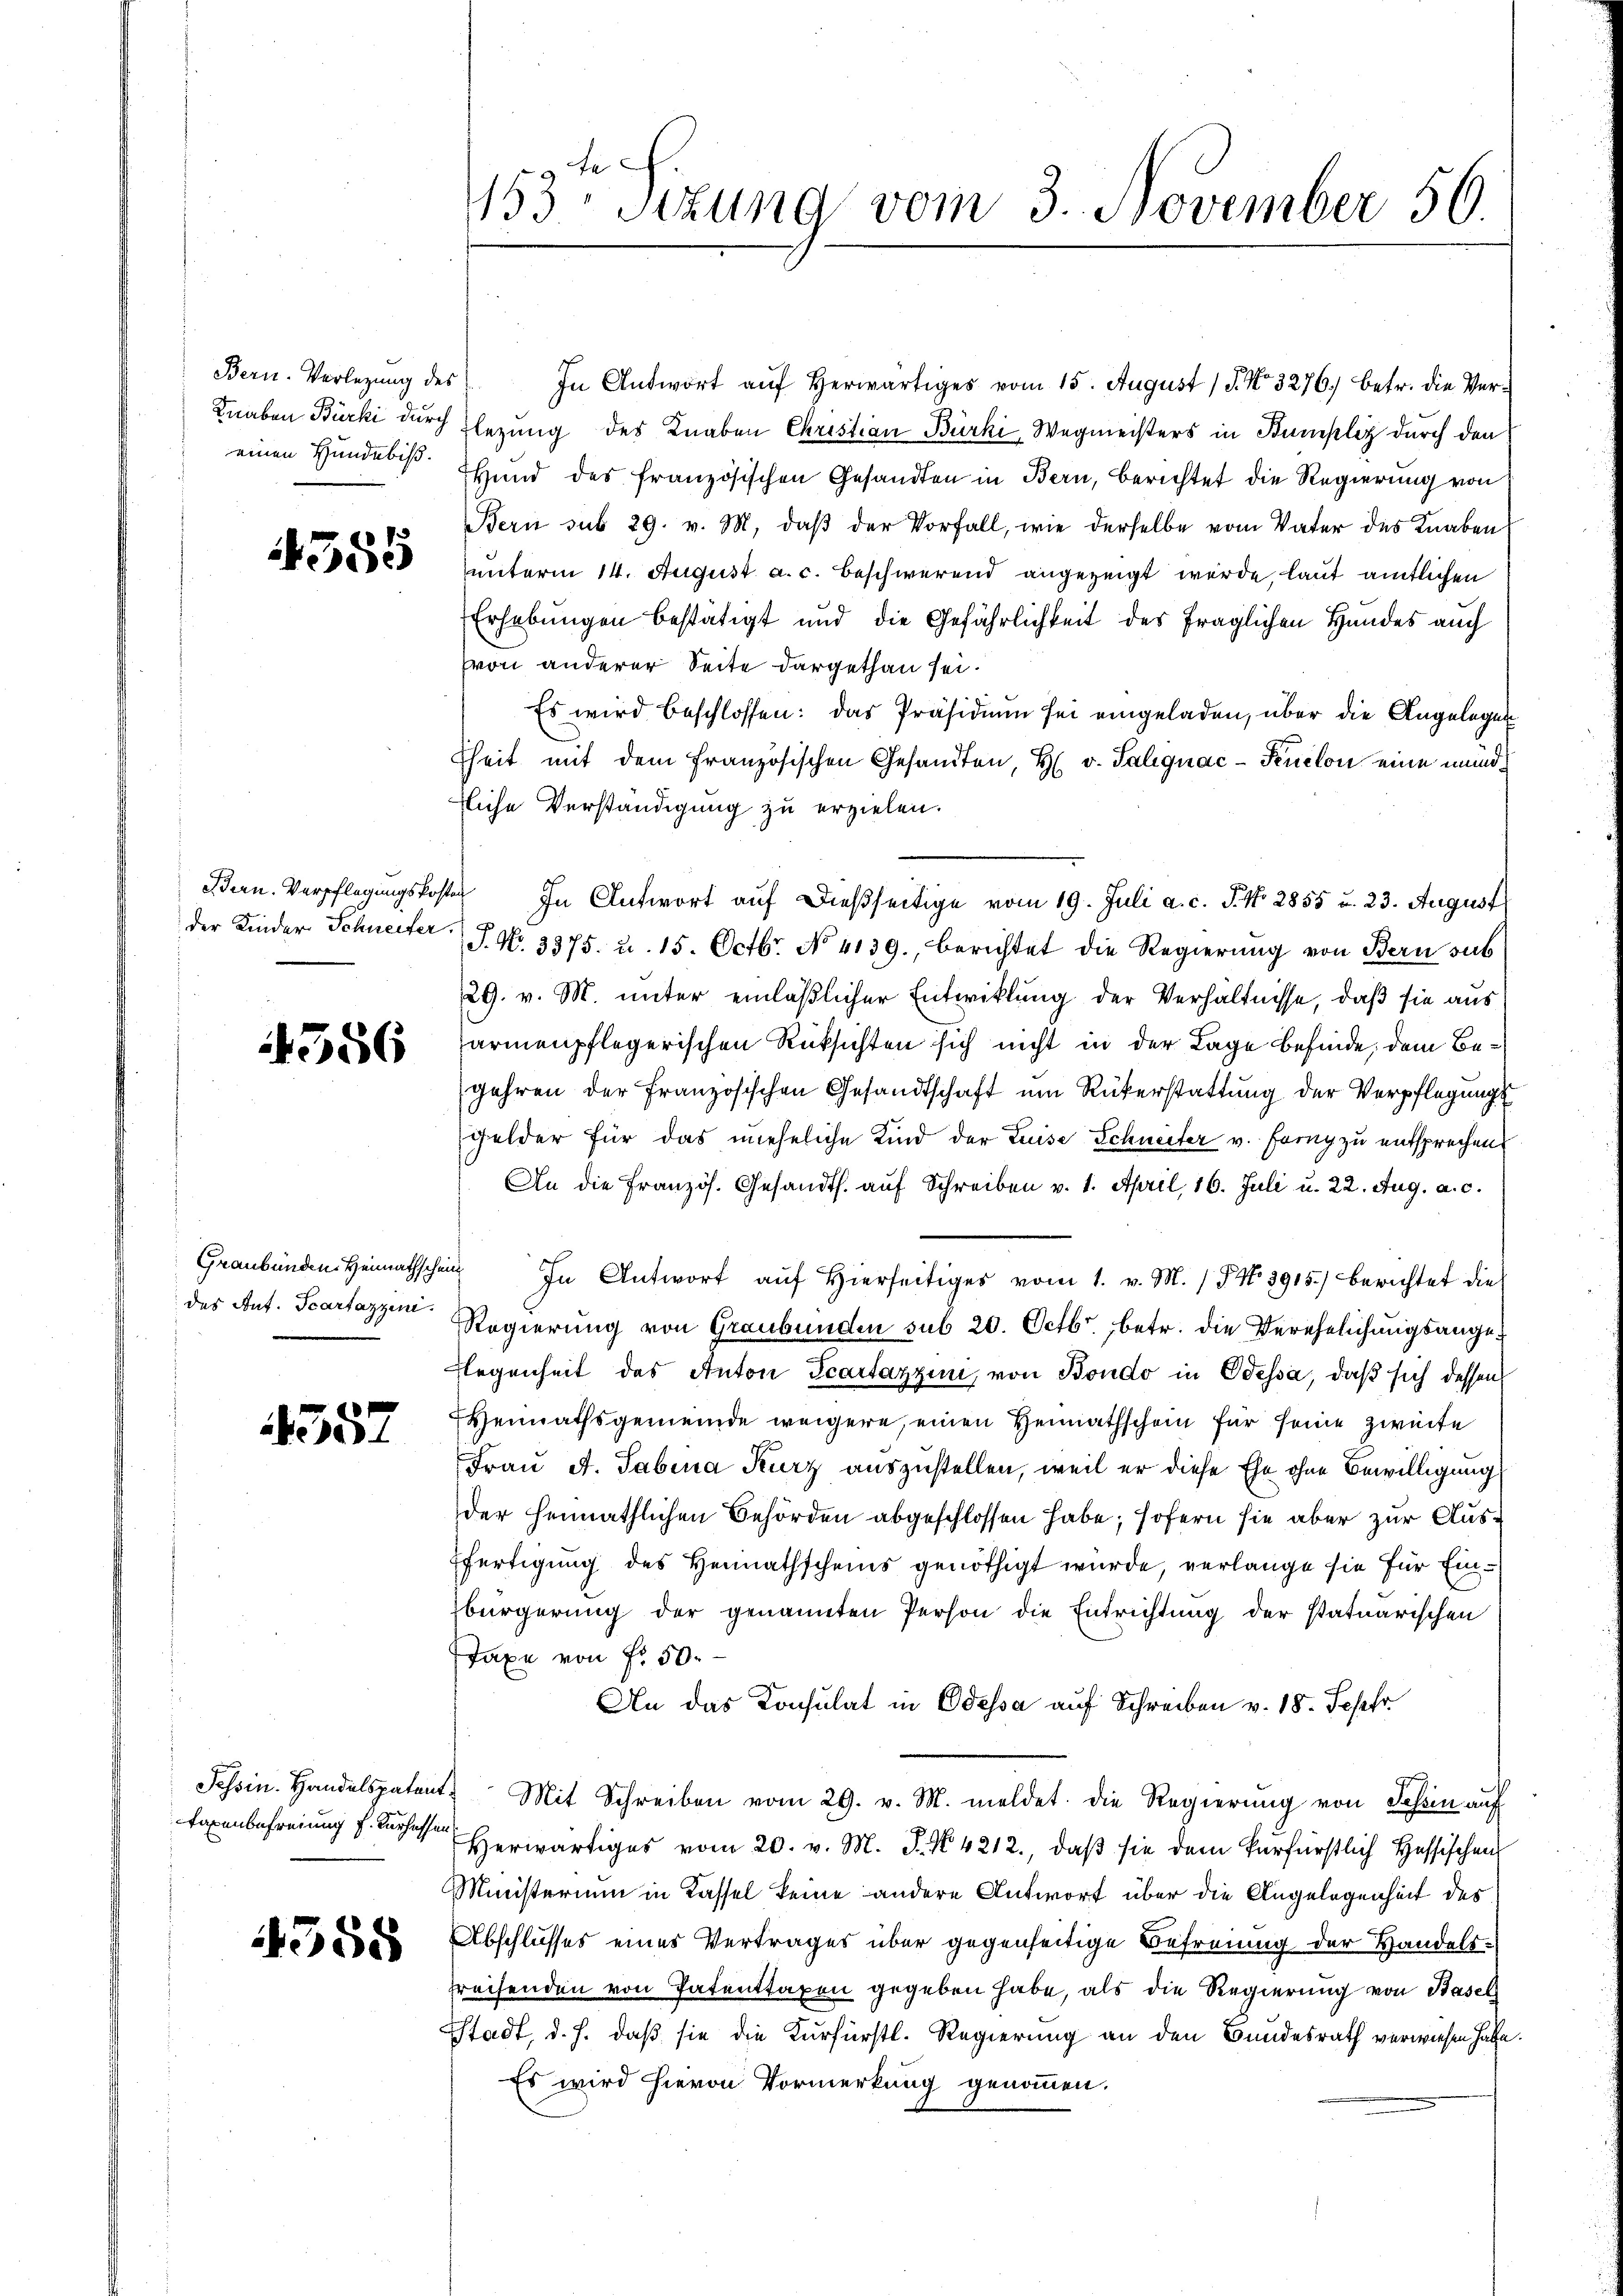
Bern. Verlegung des
Knaben Bürki durch
einen Hunde bis

355

Bern. Verpflegungskoste
der Kinder Schneifer,

4556

Graubünden Heimathsch
des Ant. Scartazzini.

4357

Tessin. Handelspaten
Taxenbefreiung f. Kurhesse

4358

.

¬

153ten Sizung vom 3. November 56

In Antwort auf Herwärtiges vom 15. August 18. No. 3276) betr. die Verlegung des Knaben Christian Bürki, Wegmeisters in Bumpliz durch den
Hund des französischen Gesandten in Bern, berichtet die Regierung von
Bern sub 29. v. M. daß der Vorfall, wie derselbe vom Vater des Knaben
unterm 14. August a. c. beschwerend angezeigt werde, laut amtlichen
Erhebungen bestätigt und die Gefährlichkeit des fraglichen Handes auch
von anderer Seite dargethan sei.
Es wird beschlossen: das Präsidium sei eingeladen, über die Angelegen
sheit mit dem französischen Gesandten, H. v. Taliquac-Peuclon eine mundliche Verständigung zu erzielen.
 In Antwort auf dießseitige vom 19. Juli a. c. J. No. 2855 u. 23. August
J. No. 3375. u. 15. Octbr. No. 4139., berichtet die Regierung von Bern sub
29. v. M. unter einläßlicher Entwicklung der Verhältnisse, daß sie aus
armenpflegerischen Rüksichten sich nicht in der Lage befinde, dem Begehren der Französischen Gesandtschaft um Rükerstattung der Verpflegungs
Felder für das uneheliche Kind der Luise Schneiter v. Forng zu entsprechen
An die Französ. Gesandts. auf Schreiben v. 1. April, 16. Juli u. 22. Aug. a. c.
 In Antwort aŭf hierseitiges vom 1. v. M. /5 No 3915.) berichtet die
Regierung von Graubünden sub 20. Octbr. betr. die Verehelichungsange¬
Flegenheit des Anton Scartazzin, von Bondo in Odessa, daß sich dessen
Heimathsgemeinde weigere, einen Heimathschein für seine zweite
Frau A. Tabina Kurz auszustellen, weil er diese Ehe ohne Bewilligung
der heimathlichen Behörden abgeschlossen habe; sofern sie aber zur Ausfertigung des Heimathscheins genöthigt wurde, verlange sie für Einbürgerung der genannten Person die Entrichtung der statuarischen
Taxe von Fr. 50.
An das Konsulat in Odessa auf Schreiben v. 18. Sephr
Mit Schreiben vom 29. v. M. meldet. Die Regierung von Tessin auf
Herwärtiges vom 20. v. M. J. N. 4212., daß sie dem Verfürstlich Hessischen
Ministerium in Kassel keine andere Antwort über die Angelegenheit des
Abschlusses eines Vertrages über gegenseitige Befreiung der Handelsreisenden von Patenttaxen gegeben habe, als die Regierung von Basel
Stadt, d. h. daß sie die Kurfürstl. Regierung an den Bundesrath verwiesen habe.
Es wird hievon Vormerkung genommen.